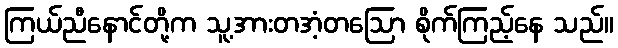
ကြယ်ညီနောင်တို့က သူ့အားတအံ့တဩော စိုက်ကြည့်နေ သည်။